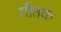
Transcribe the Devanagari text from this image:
गीतक